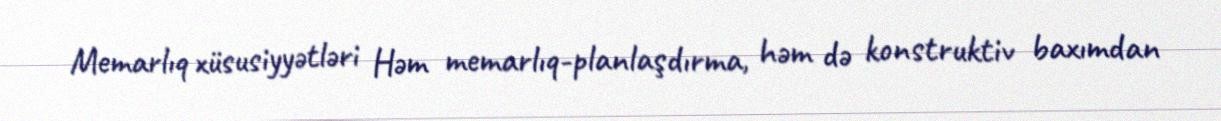
Memarlıq xüsusiyyətləri Həm memarlıq-planlaşdırma, həm də konstruktiv baxımdan